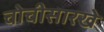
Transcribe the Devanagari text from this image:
चोचीसारखे